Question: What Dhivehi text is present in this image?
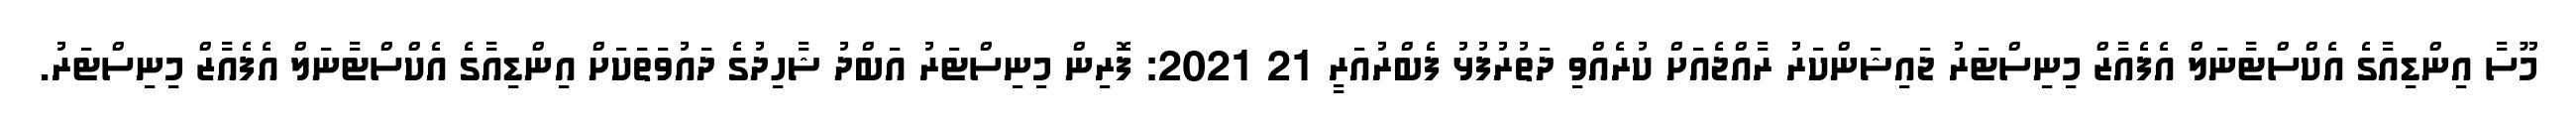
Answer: މޫސާ އިންޑިއާގެ އެކްސްޓާނަލް އެފެއާޒް މިނިސްޓަރު ޖައިޝަންކަރު ރާއްޖެއަށް ކުރެއްވި ދަތުރުފުޅު ފެބްރުއަރީ 21 2021: ފޮރިން މިނިސްޓަރު އަބްދު ޝާހިދުގެ ދައުވަތަކަށް އިންޑިއާގެ އެކްސްޓާނަލް އެފެއާޒް މިނިސްޓަރު.